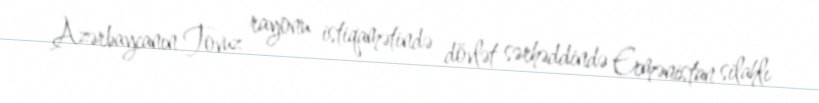
Azərbaycanın Tovuz rayonu istiqamətində dövlət sərhəddində Ermənistan silahlı